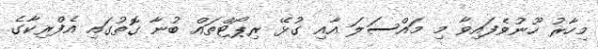
މިހާރު ހޫނުވެފައިވާ މި މައްސަލަ އާއި ގުޅޭ ރިޕޯޓްތައް ބުނާ ގޮތުގައި އެފްރިކާގެ